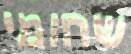
שחומי